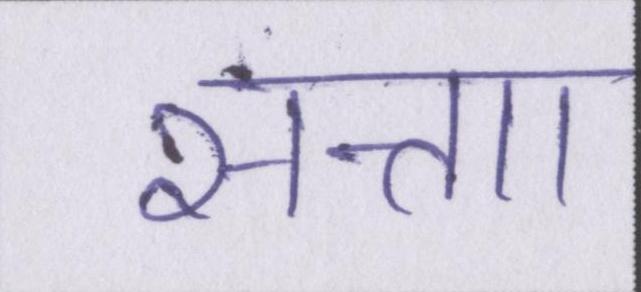
सत्ताा